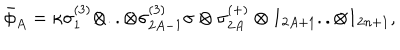
LaTeX: \bar { \phi } _ { A } = \kappa \sigma _ { 1 } ^ { ( 3 ) } \otimes . . \otimes \sigma _ { 2 A - 1 } ^ { ( 3 ) } \sigma \otimes \sigma _ { 2 A } ^ { ( + ) } \otimes 1 _ { 2 A + 1 } . . \otimes 1 _ { 2 n + 1 } ,